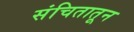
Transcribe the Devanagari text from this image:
संचितातून